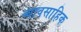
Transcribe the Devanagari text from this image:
व्यावसाहिक